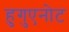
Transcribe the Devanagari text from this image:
हुगुएनोट